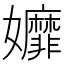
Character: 孊